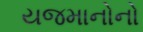
યજમાનોનો